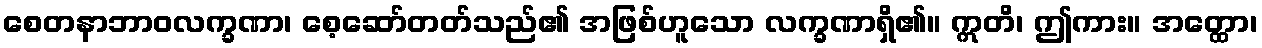
စေတနာဘာဝလက္ခဏာ၊ စေ့ဆော်တတ်သည်၏ အဖြစ်ဟူသော လက္ခဏာရှိ၏။ ဣတိ၊ ဤကား။ အတ္ထော၊